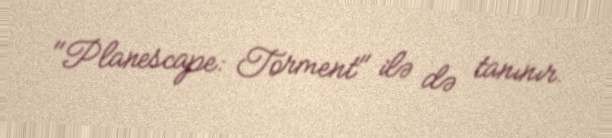
"Planescape: Torment" ilə də tanınır.